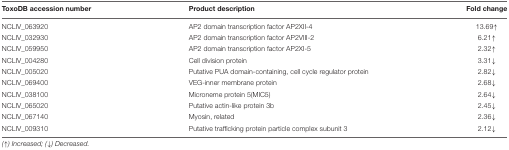
<table><thead><tr><td><b>ToxoDB accession number</b></td><td><b>Product description</b></td><td><b>Fold change</b></td></tr></thead><tbody><tr><td>NCLIV_063920</td><td>AP2 domain transcription factor AP2XII-4</td><td>13.69↑</td></tr><tr><td>NCLIV_032930</td><td>AP2 domain transcription factor AP2VIII-2</td><td>6.21↑</td></tr><tr><td>NCLIV_059950</td><td>AP2 domain transcription factor AP2XI-5</td><td>2.32↑</td></tr><tr><td>NCLIV_004280</td><td>Cell division protein</td><td>3.31↓</td></tr><tr><td>NCLIV_005020</td><td>Putative PUA domain-containing, cell cycle regulator protein</td><td>2.82↓</td></tr><tr><td>NCLIV_069400</td><td>VEG-inner membrane protein</td><td>2.68↓</td></tr><tr><td>NCLIV_038100</td><td>Microneme protein 5(MIC5)</td><td>2.64↓</td></tr><tr><td>NCLIV_065020</td><td>Putative actin-like protein 3b</td><td>2.45↓</td></tr><tr><td>NCLIV_067140</td><td>Myosin, related</td><td>2.36↓</td></tr><tr><td>NCLIV_009310</td><td>Putative trafficking protein particle complex subunit 3</td><td>2.12↓</td></tr></tbody></table>